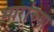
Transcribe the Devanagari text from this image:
भारांच्या